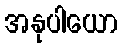
အနုပါယော